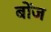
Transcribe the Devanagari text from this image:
बोंज